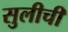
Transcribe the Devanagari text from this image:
सुलीची